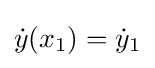
{\dot {y}}(x_{1})={\dot {y}}_{1}